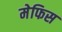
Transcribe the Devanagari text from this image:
मेफिस